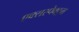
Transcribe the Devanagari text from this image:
एक्सस्पेक्ट्रम